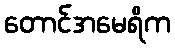
တောင်အမေရိက